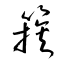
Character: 簇